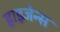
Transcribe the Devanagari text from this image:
हाइजेन्स